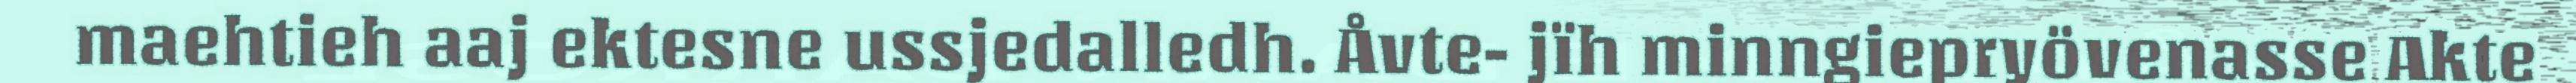
maehtieh aaj ektesne ussjedalledh. Åvte- jïh minngiepryövenasse Akte